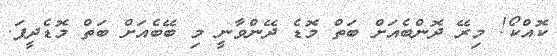
ކޮއްކޯ! މިރޭ ދޮންބެއަށް ބަތް މޮޑެ ދޭންވާނީ މި ބޭބެއަށް ބަތް މޮޑެދީފަ.